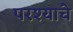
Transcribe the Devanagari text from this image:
परश्याचे